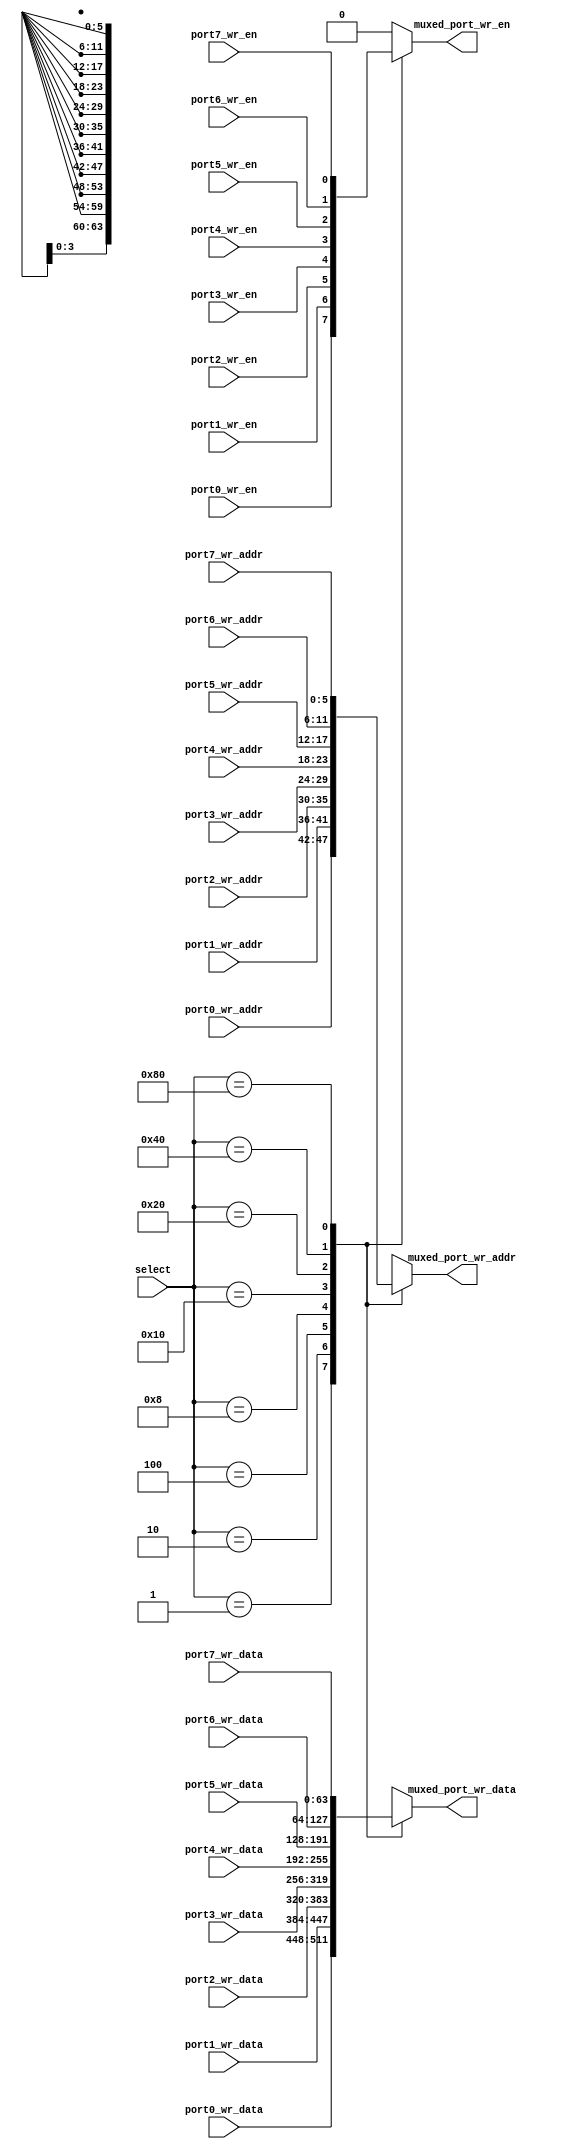
module wr_port_40x64b_8_to_1 (
   select,

   port0_wr_en,
   port0_wr_addr,
   port0_wr_data,

   port1_wr_en,
   port1_wr_addr,
   port1_wr_data,

   port2_wr_en,
   port2_wr_addr,
   port2_wr_data,

   port3_wr_en,
   port3_wr_addr,
   port3_wr_data,

   port4_wr_en,
   port4_wr_addr,
   port4_wr_data,

   port5_wr_en,
   port5_wr_addr,
   port5_wr_data,

   port6_wr_en,
   port6_wr_addr,
   port6_wr_data,

   port7_wr_en,
   port7_wr_addr,
   port7_wr_data,

   muxed_port_wr_en,
   muxed_port_wr_addr,
   muxed_port_wr_data
);

   output muxed_port_wr_en;
   output [5:0] muxed_port_wr_addr;
   output [63:0] muxed_port_wr_data;

   input [7:0] select;

   input port0_wr_en;
   input [5:0] port0_wr_addr;
   input [63:0] port0_wr_data;

   input port1_wr_en;
   input [5:0] port1_wr_addr;
   input [63:0] port1_wr_data;

   input port2_wr_en;
   input [5:0] port2_wr_addr;
   input [63:0] port2_wr_data;

   input port3_wr_en;
   input [5:0] port3_wr_addr;
   input [63:0] port3_wr_data;

   input port4_wr_en;
   input [5:0] port4_wr_addr;
   input [63:0] port4_wr_data;

   input port5_wr_en;
   input [5:0] port5_wr_addr;
   input [63:0] port5_wr_data;

   input port6_wr_en;
   input [5:0] port6_wr_addr;
   input [63:0] port6_wr_data;

   input port7_wr_en;
   input [5:0] port7_wr_addr;
   input [63:0] port7_wr_data;

   reg muxed_port_wr_en;
   reg [5:0] muxed_port_wr_addr;
   reg [63:0] muxed_port_wr_data;

   always @ ( select or
      port0_wr_en or port1_wr_en or port2_wr_en or port3_wr_en or port4_wr_en or
      port5_wr_en or port6_wr_en or port7_wr_en or
      port0_wr_addr or port1_wr_addr or port2_wr_addr or port3_wr_addr or
      port4_wr_addr or port5_wr_addr or port6_wr_addr or port7_wr_addr or
      port0_wr_data or port1_wr_data or port2_wr_data or port3_wr_data or
      port4_wr_data or port5_wr_data or port6_wr_data or port7_wr_data)
    begin
       casex(select)
         8'b00000001:
           begin
             muxed_port_wr_en <= port0_wr_en;
             muxed_port_wr_addr <= port0_wr_addr;
             muxed_port_wr_data <= port0_wr_data;
           end
         8'b00000010:
           begin
             muxed_port_wr_en <= port1_wr_en;
             muxed_port_wr_addr <= port1_wr_addr;
             muxed_port_wr_data <= port1_wr_data;
           end
         8'b00000100:
           begin
             muxed_port_wr_en <= port2_wr_en;
             muxed_port_wr_addr <= port2_wr_addr;
             muxed_port_wr_data <= port2_wr_data;
           end
         8'b00001000:
           begin
             muxed_port_wr_en <= port3_wr_en;
             muxed_port_wr_addr <= port3_wr_addr;
             muxed_port_wr_data <= port3_wr_data;
           end
         8'b00010000:
           begin
             muxed_port_wr_en <= port4_wr_en;
             muxed_port_wr_addr <= port4_wr_addr;
             muxed_port_wr_data <= port4_wr_data;
           end
         8'b00100000:
           begin
             muxed_port_wr_en <= port5_wr_en;
             muxed_port_wr_addr <= port5_wr_addr;
             muxed_port_wr_data <= port5_wr_data;
           end
         8'b01000000:
           begin
             muxed_port_wr_en <= port6_wr_en;
             muxed_port_wr_addr <= port6_wr_addr;
             muxed_port_wr_data <= port6_wr_data;
           end
         8'b10000000:
           begin
             muxed_port_wr_en <= port7_wr_en;
             muxed_port_wr_addr <= port7_wr_addr;
             muxed_port_wr_data <= port7_wr_data;
           end
         8'b00000000:
           begin
             muxed_port_wr_en <= 1'b0;
             muxed_port_wr_addr <= {6{1'bx}};
             muxed_port_wr_data <= {64{1'bx}};
           end
         default:
           begin
             muxed_port_wr_en <= 1'b0;
             muxed_port_wr_addr <= {6{1'bx}};
             muxed_port_wr_data <= {64{1'bx}};
           end
       endcase
  end

endmodule